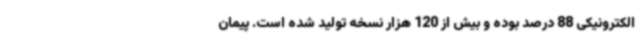
الکترونیکی 88 درصد بوده و بیش از 120 هزار نسخه تولید شده است. پیمان